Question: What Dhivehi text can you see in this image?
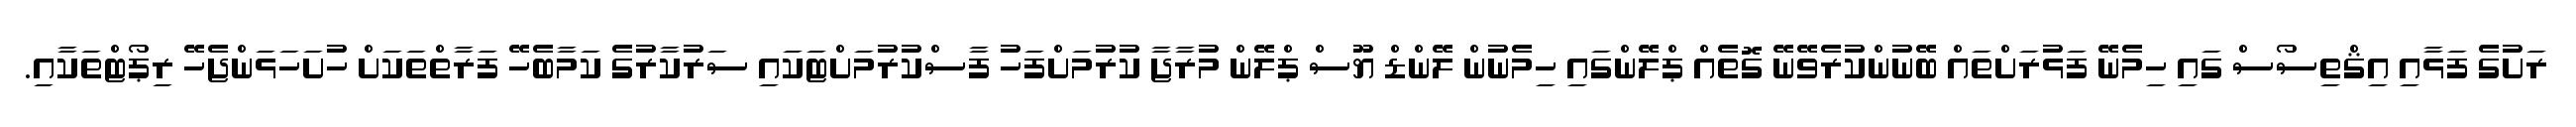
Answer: ރަށުގެ ފަޅާއި އިޤްތިސޯސް ގައި ހިމެނޭ ފަޅުރަށްތައް ބޭނުންކުރެވޭނޭ ގޮތެއް ޕްލޭންގައި ހިމެނުން ލޭންޑް ޔޫސް ޕްލޭން މުރާޖާ ކުރުމަށްފަހު ފާސްކުރުމަށްޓަކައި ސަރުކާރުގެ ކަމާބެހޭ ފަރާތްތަކަށް ހުށަހަޅަންޖެހޭ ރިޕޯޓްތަކާއި.